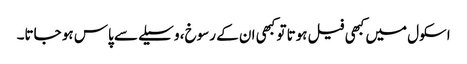
اسکول میں کبھی فیل ہوتا تو کبھی ان کے رسوخ، وسیلے سے پاس ہو جاتا۔